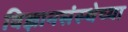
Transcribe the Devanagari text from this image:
विज्ञानसंस्थेच्या